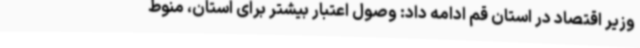
وزیر اقتصاد در استان قم ادامه داد: وصول اعتبار بیشتر برای استان، منوط